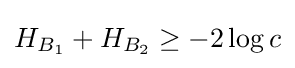
H_{B_{1}}+H_{B_{2}}\geq -2\log c